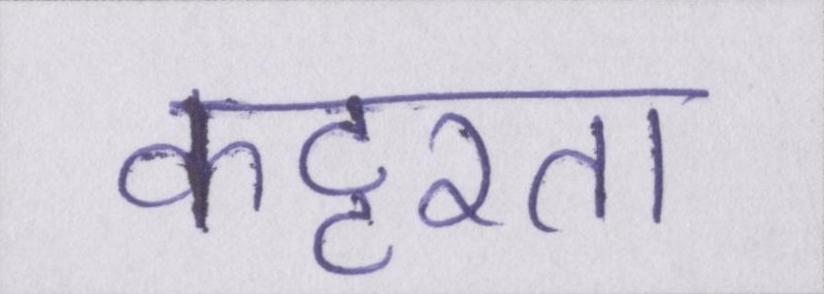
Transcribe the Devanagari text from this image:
कट्टरता